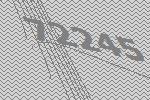
72245